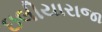
ઇલીયારાજા